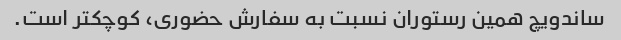
ساندویچ همین رستوران نسبت به سفارش حضوری، کوچکتر است.